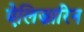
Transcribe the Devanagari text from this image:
ऐलिज़ारिन